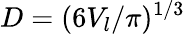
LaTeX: D=(6V_{l}/\pi)^{1/3}